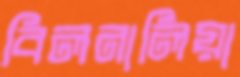
বিলনালিয়া